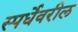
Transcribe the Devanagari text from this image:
स्पर्धेवरील